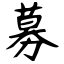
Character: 募